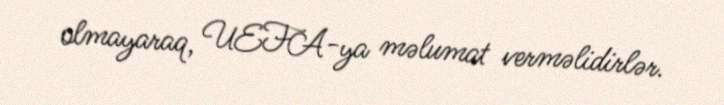
olmayaraq, UEFA-ya məlumat verməlidirlər.